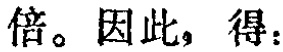
倍。因此，得：